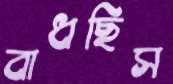
বাধছিস